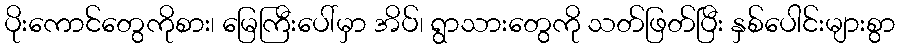
ပိုးကောင်တွေကိုစား၊ မြေကြီးပေါ်မှာ အိပ်၊ ရွာသားတွေကို သတ်ဖြတ်ပြီး နှစ်ပေါင်းများစွာ